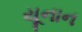
યૂનાન